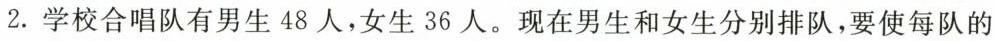
2.学校合唱队有男生48人，女生36人。现在男生和女生分别排队，要使每队的